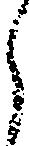
ら